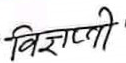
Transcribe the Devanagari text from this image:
विज्ञापी